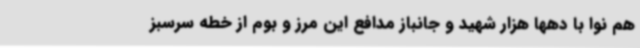
هم نوا با دهها هزار شهید و جانباز مدافع این مرز و بوم از خطه سرسبز